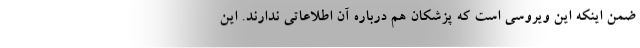
ضمن اینکه این ویروسی است که پزشکان هم درباره آن اطلاعاتی ندارند. این